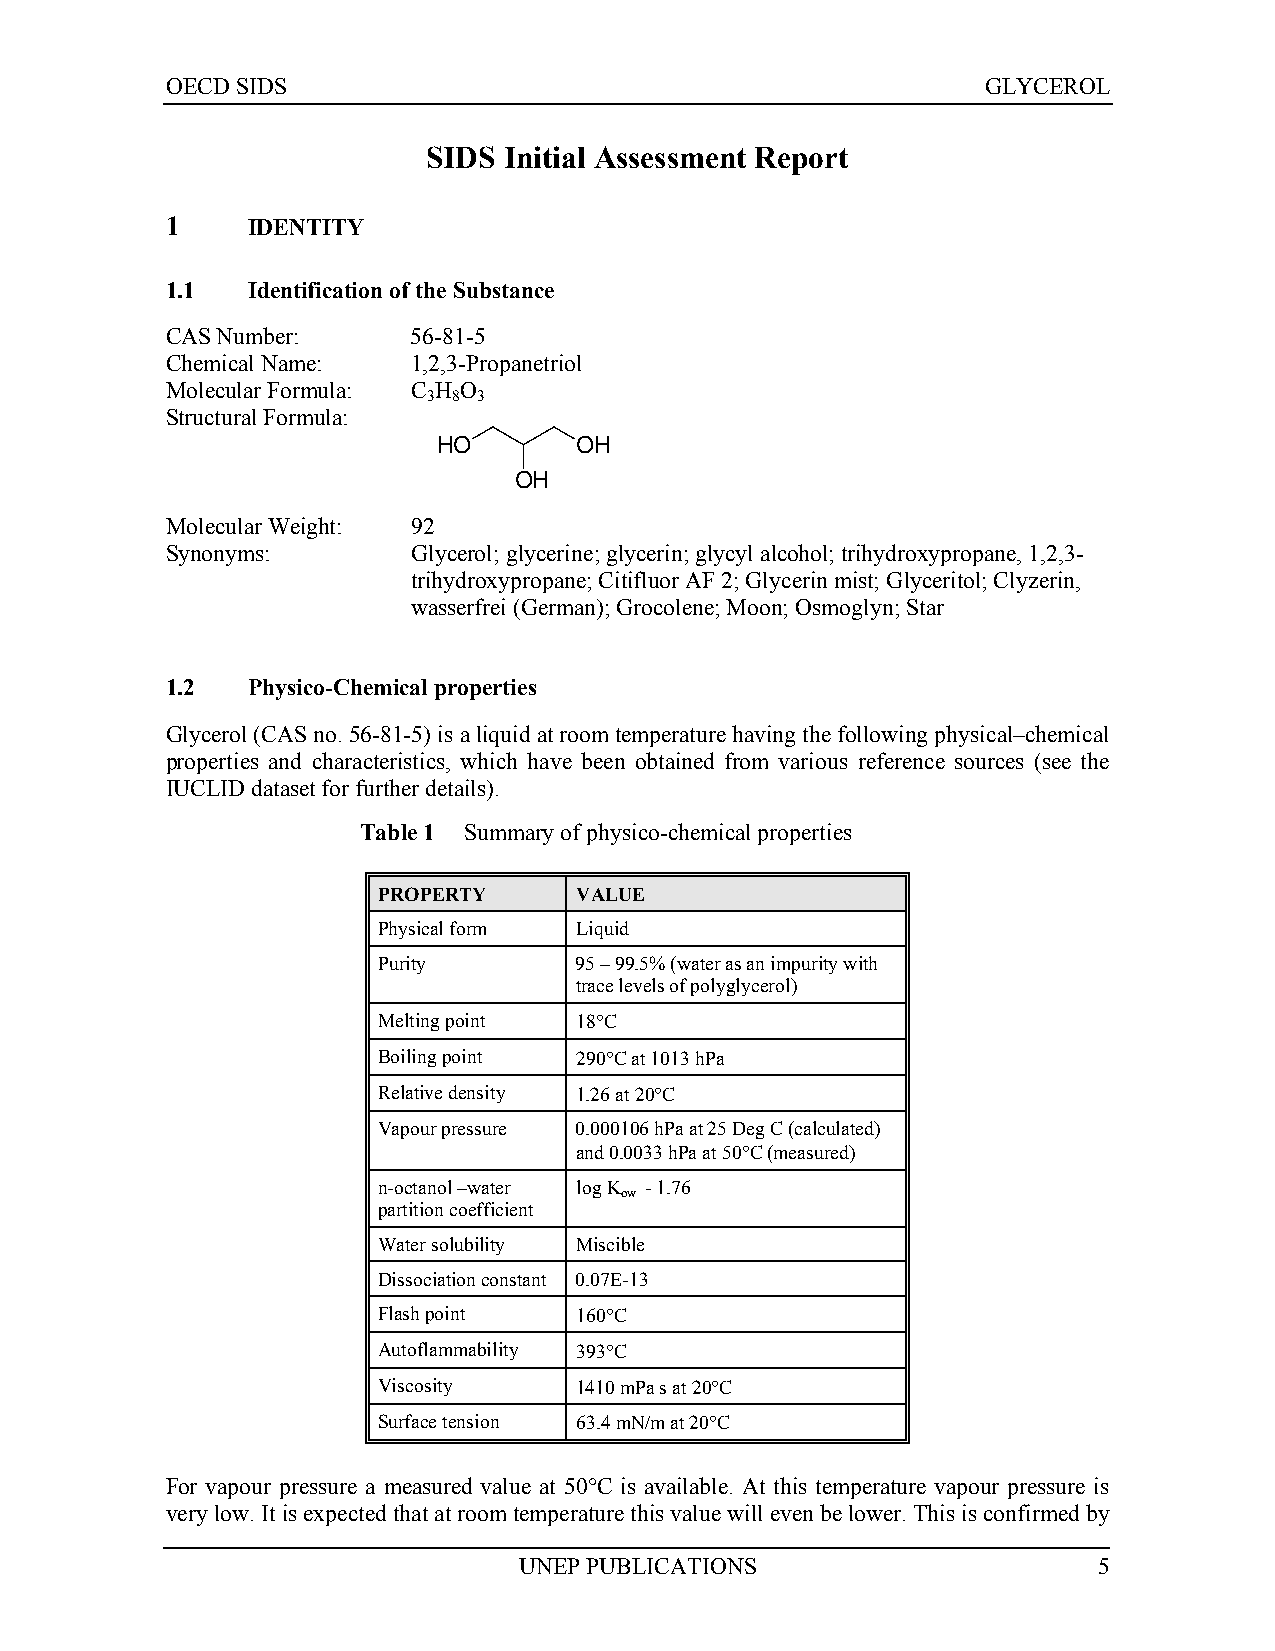
OECD SIDS                                             GLYCEROL
 SIDS Initial Assessment Report
 1    IDENTITY
 1.1  Identification of the Substance
 CAS Number:     56-81-5
 Chemical Name:  1,2,3-Propanetriol
 Molecular Formula: C H O
 3 8 3
 Structural Formula:
 HO       OH
 OH
 Molecular Weight: 92
 Synonyms:       Glycerol; glycerine; glycerin; glycyl alcohol; trihydroxypropane, 1,2,3-
 trihydroxypropane; Citifluor AF 2; Glycerin mist; Glyceritol; Clyzerin,
 wasserfrei (German); Grocolene; Moon; Osmoglyn; Star
 1.2  Physico-Chemical properties
 Glycerol (CAS no. 56-81-5) is a liquid at room temperature having the following physical–chemical
 properties and characteristics, which have been obtained from various reference sources (see the
 IUCLID dataset for further details).
 Table 1 Summary of physico-chemical properties
 PROPERTY     VALUE
 Physical form Liquid
 Purity       95 – 99.5% (water as an impurity with
 trace levels of polyglycerol)
 Melting point 18°C
 Boiling point 290°C at 1013 hPa
 Relative density 1.26 at 20°C
 Vapour pressure 0.000106 hPa at 25 Deg C (calculated)
 and 0.0033 hPa at 50°C (measured)
 n-octanol –water log K - 1.76
 ow
 partition coefficient
 Water solubility Miscible
 Dissociation constant 0.07E-13
 Flash point  160°C
 Autoflammability 393°C
 Viscosity    1410 mPa s at 20°C
 Surface tension 63.4 mN/m at 20°C
 For vapour pressure a measured value at 50°C is available. At this temperature vapour pressure is
 very low. It is expected that at room temperature this value will even be lower. This is confirmed by
 UNEP PUBLICATIONS                      5